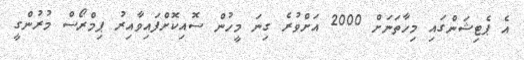
އެ ޕެޓިޝަންގައި މިހާތަނަށް 2000 އަށްވުރެ ގިނަ މީހުން ސޮއިކޮށްފައިވާއިރު ޕިމްރޯސް މުރުންގީ